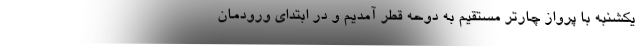
یکشنبه با پرواز چارتر مستقیم به دوحه قطر آمدیم و در ابتدای ورودمان